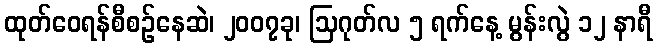
ထုတ်ဝေရန်စီစဉ်နေဆဲ၊ ၂၀၀၇ခု၊ ဩဂုတ်လ ၅ ရက်နေ့ မွန်းလွဲ ၁၂ နာရီ